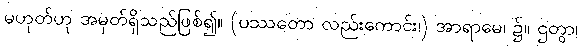
မဟုတ်ဟု အမှတ်ရှိသည်ဖြစ်၍။ (ပဿတော လည်းကောင်း၊) အာရာမေ၊ ၌။ ဌတွာ၊